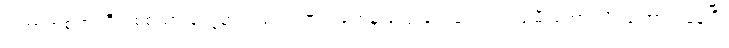
ကြောက်စရာကြီး၊ စစ်သားတွေမှာလည်း ဒဏ်ရာတွေနဲ့ သွေးတွေချည်းပဲ၊ သမီးတော့ သိပ်ကြောက်နေပြီ၊